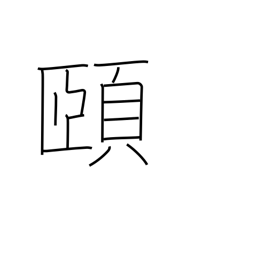
Meaning: chin